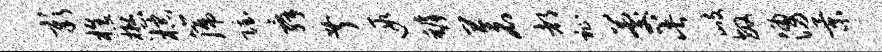
彰樵懋棕篪隐舜叔遐罅苍都祉晷此歧敏涌景